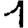
Digit: 1